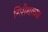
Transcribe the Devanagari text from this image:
निरोधाच्या